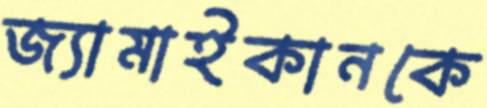
জ্যামাইকানকে